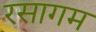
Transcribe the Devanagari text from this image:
रसागम